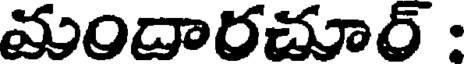
మందారచూర్ :